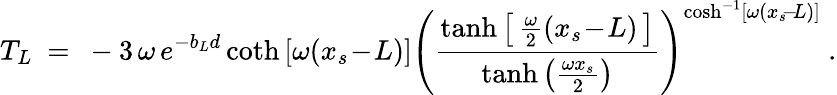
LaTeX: T_{L}\ =\ -3\, \omega\, e^{-b_{L}d}\coth\left[\omega(x_{s}\! -\! L)\right]\left(\frac{\operatorname{tanh}\left[\, \frac{\omega}{2}(x_{s}\! -\! L)\, \right]}{\operatorname{tanh}\left(\frac{\omega x_{s}}{2}\right)}\right)^{\cosh^{-1}\left[\omega(x_{s}\! -\! L)\right]}\ .